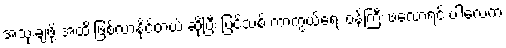
အသုံးချဖို့ အထိ ဖြစ်လာနိုင်တယ် ဆိုပြီး ပြင်သစ် ကာကွယ်ရေး ဝန်ကြီး ဖလောရင့် ပါလေက